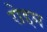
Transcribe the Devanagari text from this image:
रोद्दम